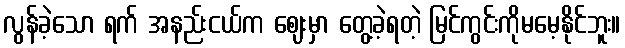
လွန်ခဲ့သော ရက် အနည်းငယ်က ဈေးမှာ တွေ့ခဲ့ရတဲ့ မြင်ကွင်းကိုမမေ့နိုင်ဘူး။